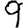
Digit: 9